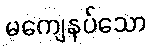
မကျေနပ်သော